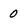
Character: 0